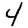
Digit: 4